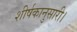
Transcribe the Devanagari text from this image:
शीर्षकानुसारी।